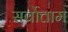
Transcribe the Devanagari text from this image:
सर्वोत्ताम